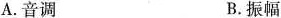
A.音调 B.振幅